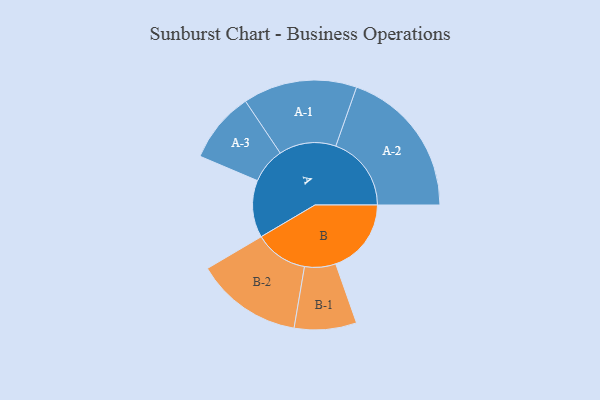
{"axis": {"x": "Segment", "y": "Value"}, "legend": ["", "A", "B"], "data": [{"x": "A", "y": 219, "type": ""}, {"x": "B", "y": 289, "type": ""}, {"x": "A-1", "y": 218, "type": "A"}, {"x": "A-2", "y": 289, "type": "A"}, {"x": "A-3", "y": 136, "type": "A"}, {"x": "B-1", "y": 119, "type": "B"}, {"x": "B-2", "y": 204, "type": "B"}]}